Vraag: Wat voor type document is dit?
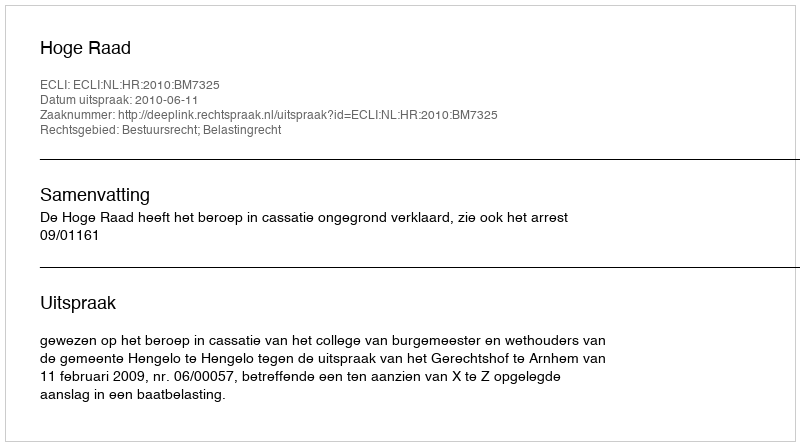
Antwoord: Uitspraak